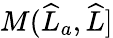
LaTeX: M(\widehat{L}_{a},\widehat{L}]